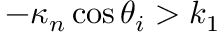
- \kappa _ { n } \cos \theta _ { i } > k _ { 1 }